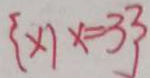
\{ x \vert x = 3 \}